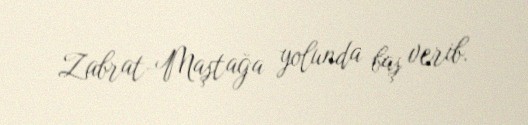
Zabrat-Maştağa yolunda baş verib.